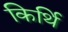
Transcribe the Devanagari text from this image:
किर्थि